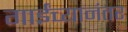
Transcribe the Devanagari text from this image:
गाईंच्यानंतर